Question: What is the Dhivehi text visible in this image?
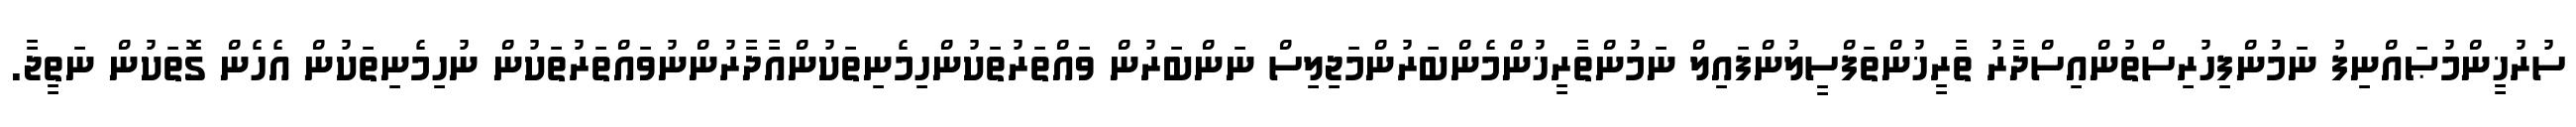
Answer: ސުރުޚީންމުޞައްނިފު ނަމުންފިހުރިސްތުންއިސްދާރު ތާރީޚުންތަފްސީލުންފައިލް ނަމުންތާރީޚުންމެންބަރުންމަޖިލިސް ނަންބަރުން ވައްތަރުތަކުންހިމެނިތަކުންއާދާރުންނުވައްތަރުތަކުން ނުހިމެނިތަކުން އެހެން ގޮތަކުން ނަތީޖާ.